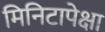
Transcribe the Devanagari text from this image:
मिनिटापेक्षा